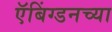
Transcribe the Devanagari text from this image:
ऍबिंग्डनच्या